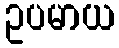
ဥပမာယ